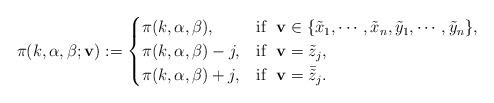
LaTeX: \begin{align*}\pi(k,\alpha,\beta;\mathbf{v}):=\begin{cases}\pi(k,\alpha,\beta),&\mbox{if}\ \ \mathbf{v}\in\{\tilde{x}_1,\cdots,\tilde{x}_n,\tilde{y}_1,\cdots, \tilde{y}_n\},\\ \pi(k,\alpha,\beta)- j,&\mbox{if}\ \ \mathbf{v}=\tilde{z}_j,\\\pi(k,\alpha,\beta)+j, & \mbox{if}\ \ \mathbf{v}=\bar{\tilde{z}}_j.\end{cases}\end{align*}